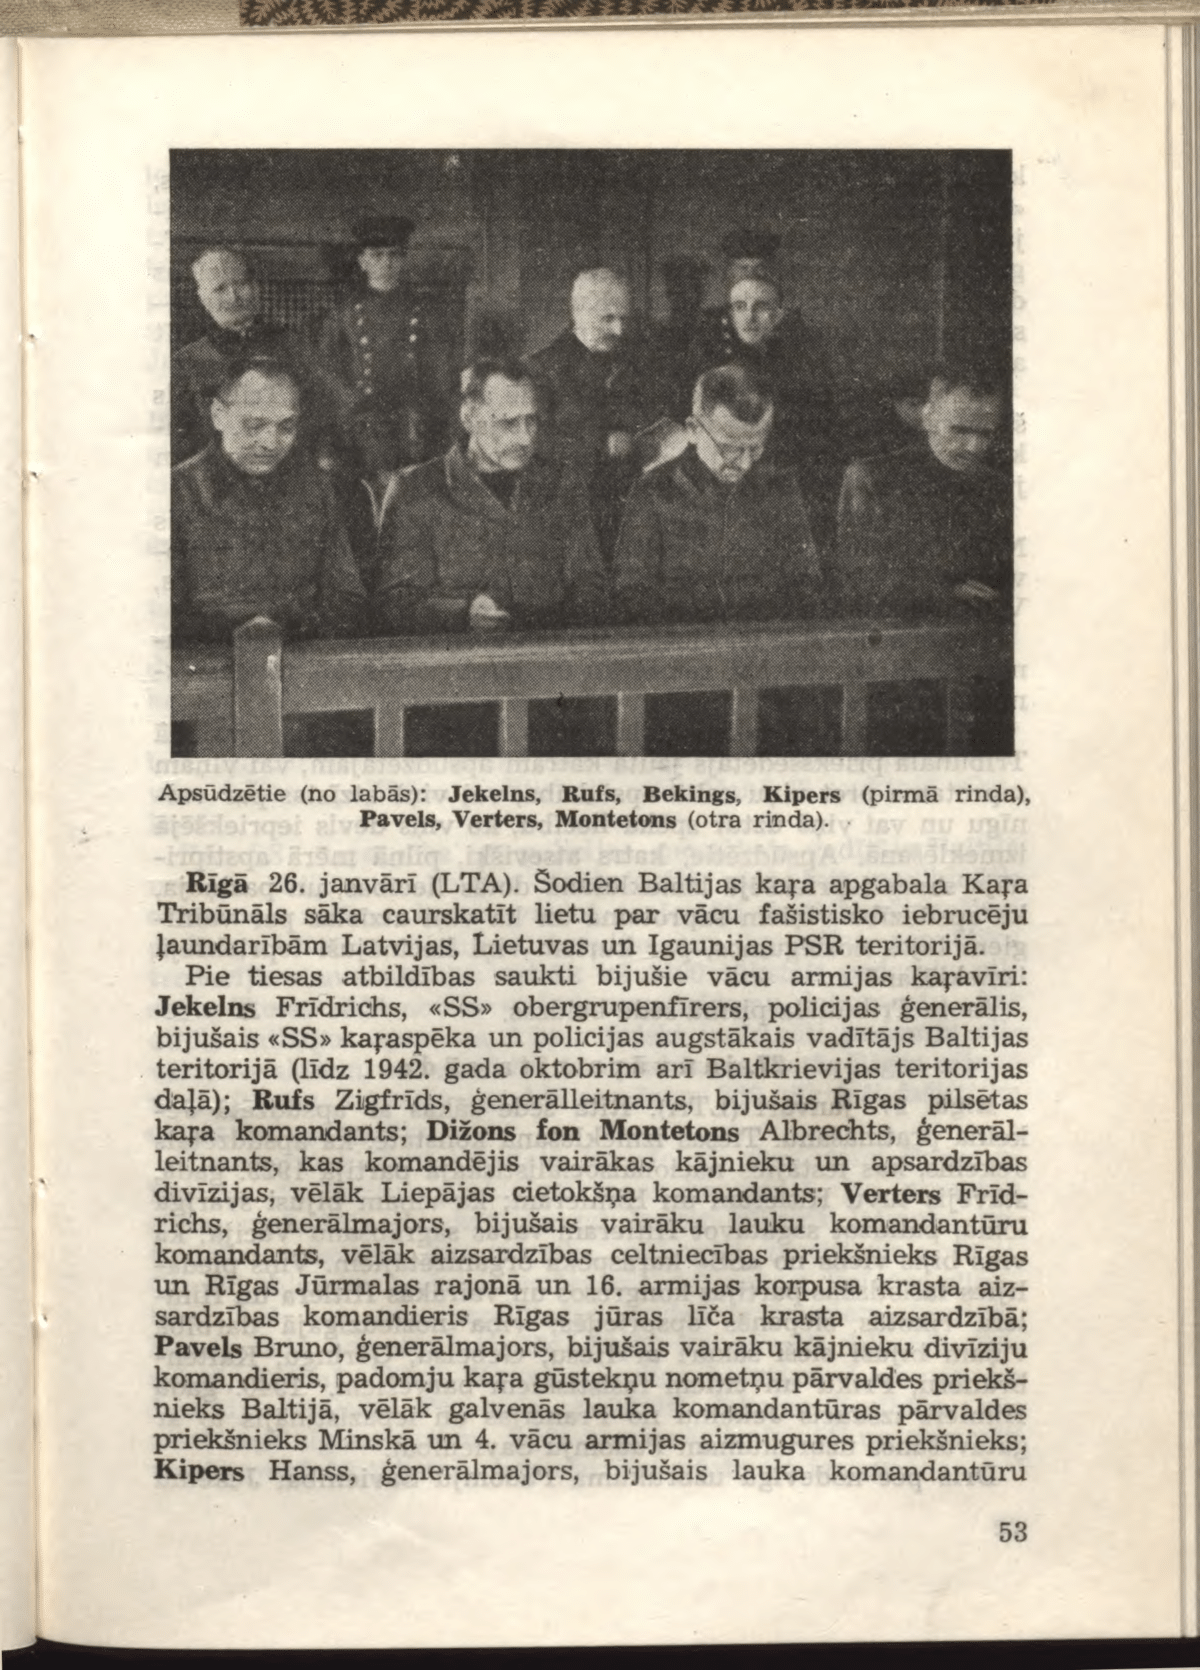
Language: lv